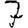
Digit: 7